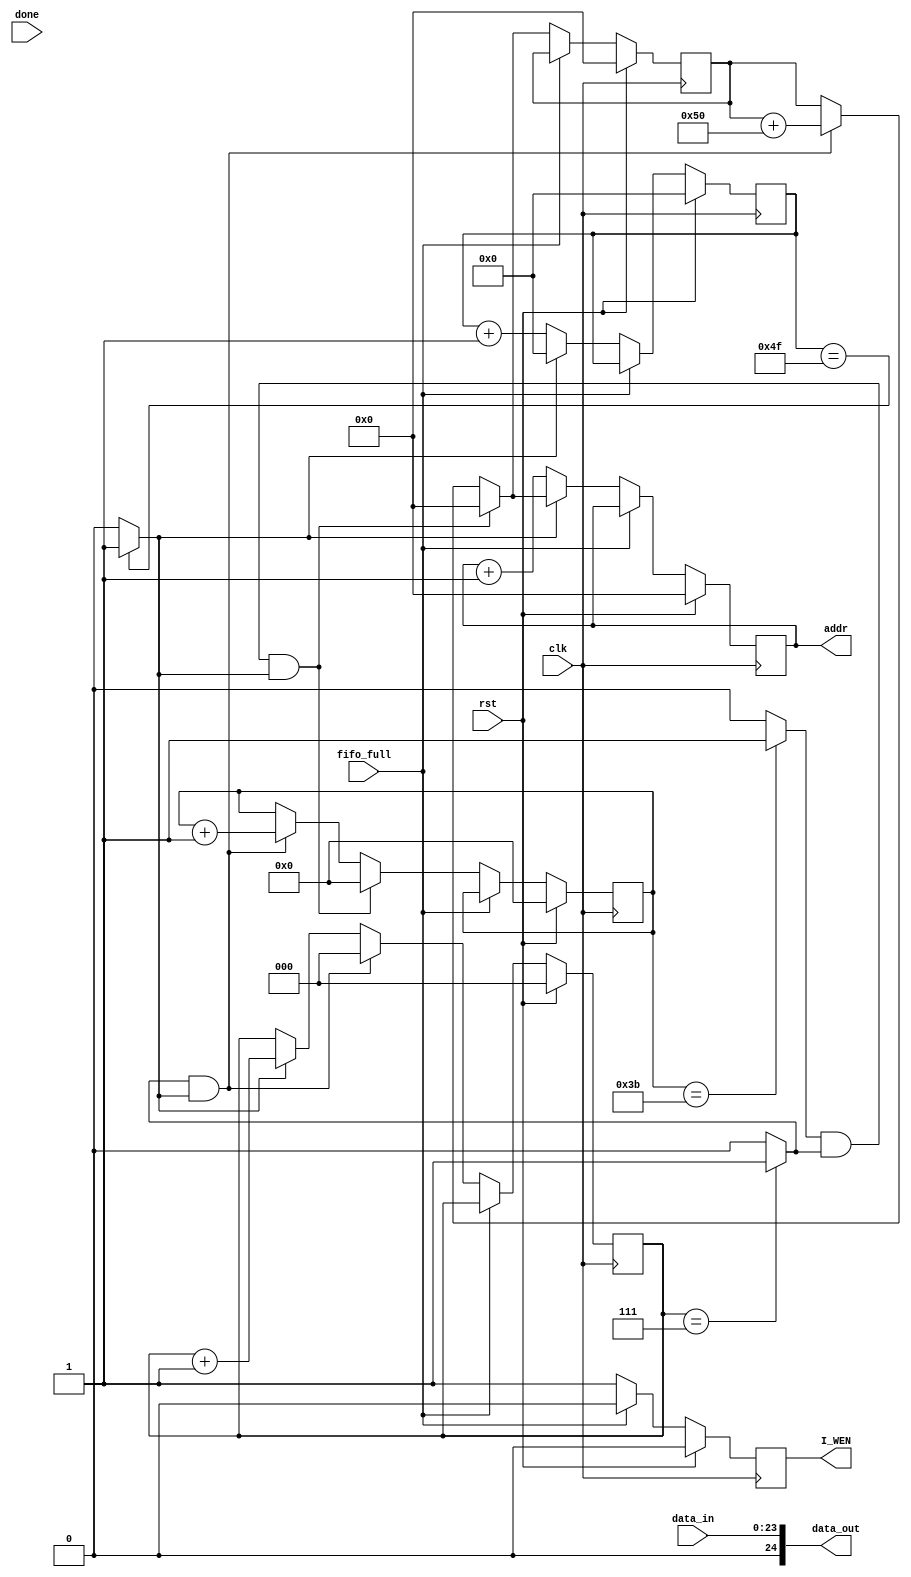
`timescale 1ns / 1ps
//////////////////////////////////////////////////////////////////////////////////
// Company: 
// Engineer: 
// 
// Create Date:    
// Design Name: 
// Module Name:    driver 
// Project Name: 
// Target Devices: 
// Tool versions: 
// Description: 
//
// Dependencies: 
//
// Revision: 
// Revision 0.01 - File Created
// Additional Comments: 
//
//////////////////////////////////////////////////////////////////////////////////
module display(
    input clk,
    input rst,
	input fifo_full,
    input [23:0] data_in,
	 input done,
    output reg [12:0] addr,
    output reg I_WEN,
    output [24:0] data_out
    );

	
	// Flag for counting 80 pixels, 8 times horizontally
	reg [2:0] h_count_8;
	assign h_flag_8 = (h_count_8 == 7) ? 1'b1 : 1'b0;
	
	// Flag for counting till 80 pixels for each row
	reg [6:0] hp_count_80;
	assign hp_flag_80 = (hp_count_80 == 79) ? 1'b1 : 1'b0;

	// Flag for counting 60 pixels, 8 times vertically
	reg [2:0] v_count_8;
	assign v_flag_8 = (v_count_8 == 7) ? 1'b1 : 1'b0;

	// Flag for counting 60 pixels vertically
	reg [5:0] vp_count_60;
	assign vp_flag_60 = (vp_count_60 == 59) ? 1'b1 : 1'b0;	
	
	// Base address for reading from ROM
	reg [12:0] baseaddr;

	
	assign data_out = data_in;
	
	always @ (posedge clk)
	begin
	
	if(rst)
		begin
		h_count_8 <= 3'd0;
		hp_count_80 <= 7'd0;
		v_count_8 <= 3'd0;
		vp_count_60 <= 6'd0;
		baseaddr <= 13'd0;
		addr <= 13'd0;
		end
	else if((!fifo_full)) // check if active high or low // fifo is not full then do read and write
		begin
		
		if(hp_flag_80) 
			begin
			hp_count_80 <= 0;
			h_count_8 <= h_count_8 + 1;			
			addr <= baseaddr;
			end
		if(h_flag_8 & hp_flag_80)
			begin
            h_count_8 <= 0;
            vp_count_60 <= vp_count_60 + 1;
			// Shifting the base address to read next row
            baseaddr <= baseaddr + 80;
            addr <=	baseaddr+80;		
			end
			
		if(vp_flag_60 & h_flag_8 & hp_flag_80)
			begin
			vp_count_60 <= 0;
		    v_count_8 <= v_count_8 + 1;
			// Reseting the baseaddr to 0 since we are done reading image once
			baseaddr <= 0;
			addr <= 0;
			end
			
		if(v_flag_8 & vp_flag_60 & h_flag_8 & hp_flag_80)
			begin
			v_count_8 <= 0;
			end
		
		
		// Increment Address and counter corresponding to 80 pixels
		if(!hp_flag_80) 
		begin
		addr <= addr + 1;
		hp_count_80 <= hp_count_80 + 1;
		end
		
		end
	
	end
	

always @(posedge clk)
	begin
	if(rst)
	I_WEN <=0;
	else if(fifo_full)
    I_WEN <= 0;
	else 
	I_WEN <= 1;
	end
	
	
endmodule